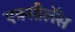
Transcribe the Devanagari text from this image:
एक्सीलेँस